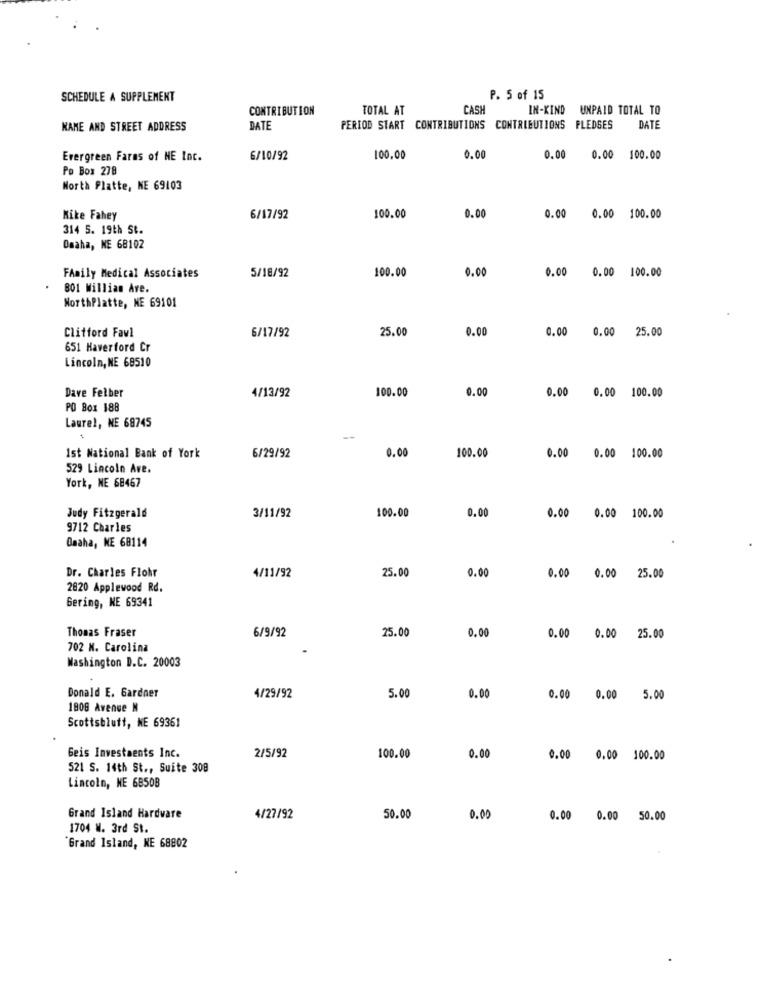
SCHEDULE A SUPPLEMENT
P. 5 of 15
CONTRIBUTION
TOTAL AT
CASH
IN-KIND UNPAID TOTAL TO
NAME AND STREET ADDRESS
DATE
PERIOD START CONTRIBUTIONS CONTRIBUTIONS PLEDGES
DATE
Evergreen Faras of NE Inc.
6/10/92
100.00
0.00
0.00
0.00 100.00
Po Box 278
North Platte, KE 69103
Kike Fahey
6/17/92
100.00
0.00
0.00 0.00 100.00
314 5. 19th St.
Omaha, NE 68102
5/18/92
FAmily Medical Associates
100.00
0.00
0.00 0.00 100.00
801 Willian Ave.
NorthPlatte, NE 69101
Clifford Fawl
25.00
0.00
6/17/92
0.00 0.00 25.00
651 Haverford Cr
Lincoln, NE 68510
Dave Felber
4/13/92
100.00
0.00
0.00 0.00 100.00
PO Box 188
Laurel, NE 68745
100.00
Ist National Bank of York
6/29/92
0.00
0.00 0.00 100.00
529 Lincoln Are.
York, NE 68467
100.00
0.00
Judy Fitzgerald
3/11/92
0.00 0.00 100.00
9712 Charles
Omaha, NE 68114
Dr. Charles Flohr
25.00
4/11/92
0.00
0.00 0.00 25.00
2820 Applewood Rd.
Gering, NE 69341
6/9/92
25.00
0.00
Thomas Fraser
0.00 0.00 25.00
702 N. Carolina
Washington D.C. 20003
5.00
Donald E. Gardner
4/29/92
0.00
0.00 0.00 5.00
1808 Avenue N
Scottsbluff, NE 69361
Geis Investments Inc.
2/5/92
100.00
0.00
0.00 0.00 100.00
521 S. 14th St ., Suite 308
Lincoln, NE 6850B
Grand Island Hardware
4/27/92
50.00
0.00
0.00 0.00 50.00
1704 W. 3rd St.
Grand Island, KE 68802